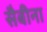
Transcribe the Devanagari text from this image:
सैबीना